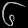
Digit: ၆